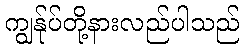
ကျွန်ုပ်တို့နားလည်ပါသည်